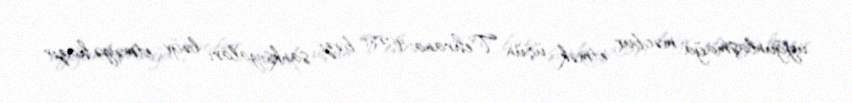
uyğunlaşmağa məcbur etmək üçün Tehrana qarşı bəzi sanksiyaları ləğv etməyə hazır